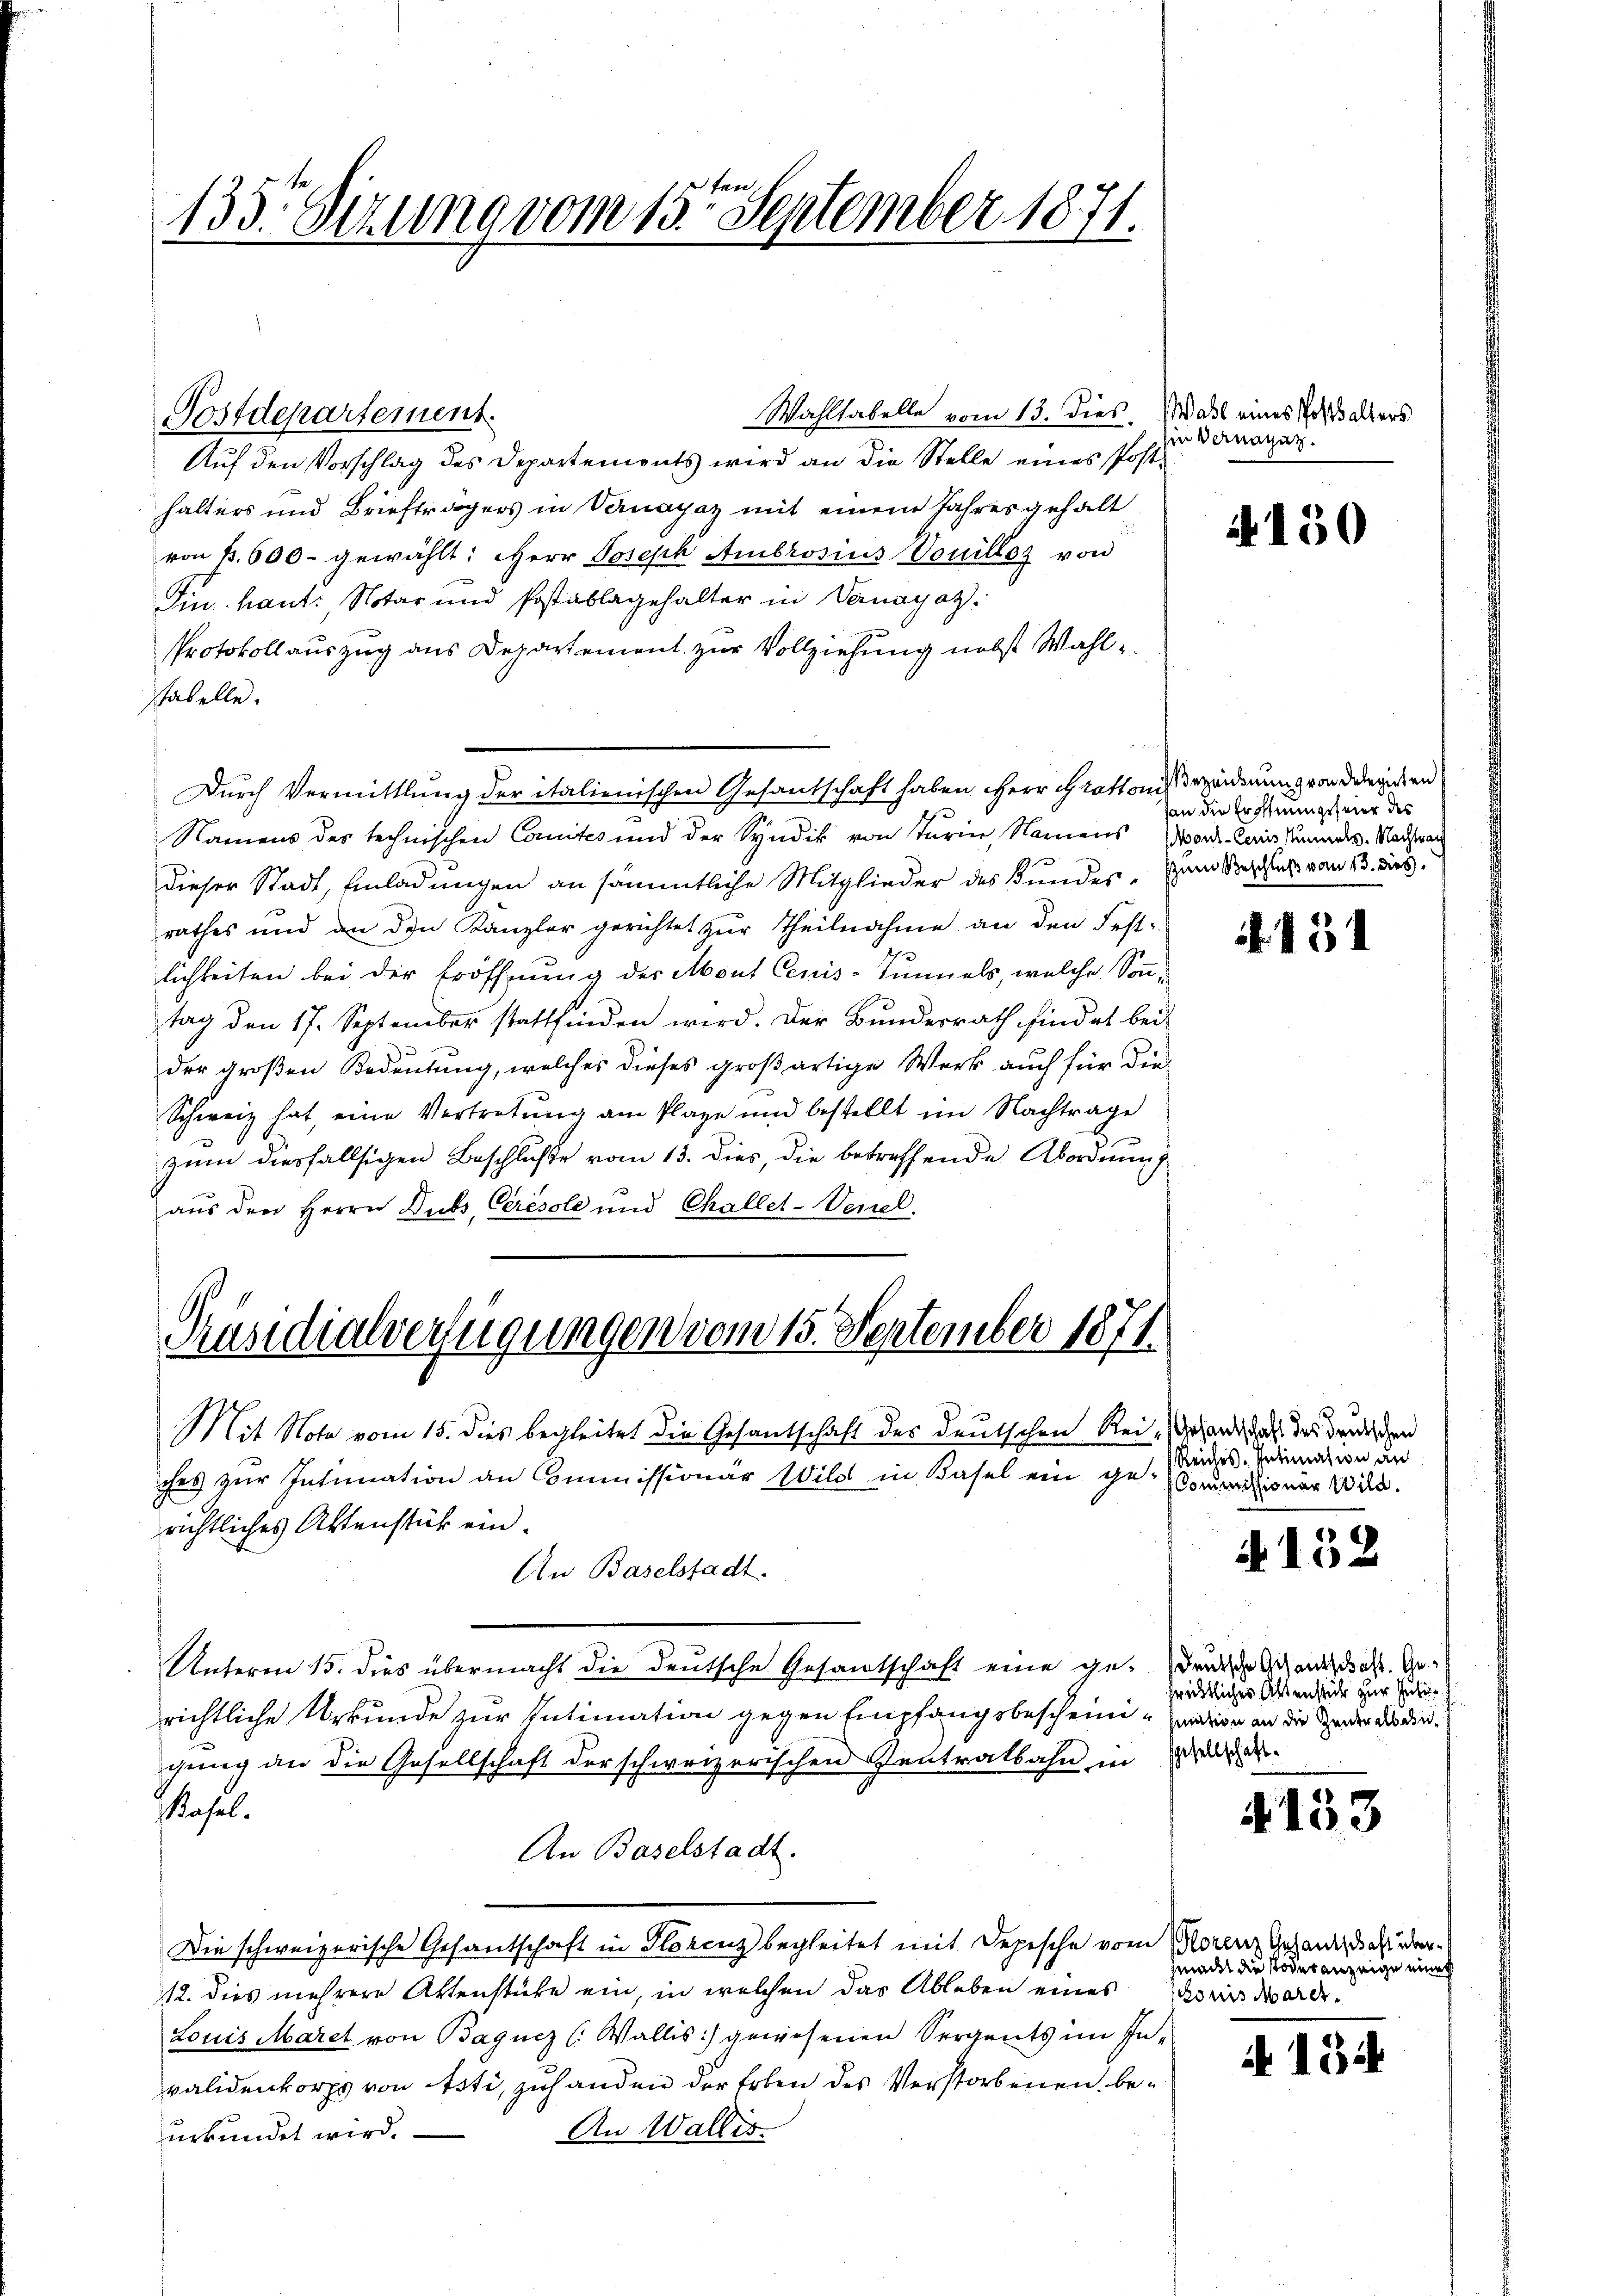
133. Sizung vom 15. September 1871.
2

Wahltabelle vom 13. dies
Postdepartement.
Auf den Vorschlag des Departements wird an die Stelle eines Posthalters und Briefträgers in Vernayaz mit einem Jahres gehalt
von B. 600 gewählt: Herr Joseph Ambrosius Vouillos von
Sin kant. Notar und Postablagehalter in Vanagat.
Protokollauszug aus Departement zur Vollziehung nebst Wahlstabelle.
Durch Vermittlung der italienischen Gesantschaft haben Herr Grottonis eidenung von derenissen
Namens des technischen Comites und der Syndik von Sturin Namens Nord-Cains Kannes. Nachtrau
dieser Stadt, Einladungen an sämmtliche Mitglieder des Bundes, zum Versich von 13. das
rathes und an den Kanzler gerichtet zŭr Theilnahme an den Fest-
lichkeiten bei der Eröffnung der Mont Cenis-Tunnels, welche Sonn-
tag den 17. September stattfinden wird. Der Bundesrath findet bei
der großen Bedeutung, welches dieses großartige Werk auch für die
Schweiz hat, eine Vertretung am Plage und bestellt im Nachtrage
zŭm diesfallsigen Beschlŭβe vom 13. dies, die betreffende Abordnŭng
aus den Herrn Dubs, Cérésole und Challet-Venel.

Präsidialverfügungen vom 15. September 1871

Mit Note vom 15. dies begleitet die Gesantschaft des deutschen Reibehand dass des Bundischen
ches zur Intimation an Commissionär Wild in Basel ein ihn (Comunizionen Wild.
richtliches Aktenstück ein.
An Baselstadt.
Unterm 15. dies übermacht die deutsche Gesantschaft eine gedruckte Gesandt das Gerichtliche Urkunde zur Intimation gegen Empfangsbescheininition an die Gener der dieging an die Gesellschaft der schweizerischen Zentratbahn in de
ahel.
An Baselstadt.
Die schweizerische Gesantschaft in Florenz begleitet mit Depesche vom Morenz Gesandendest oder
12. dies mehrere Aktenstücke ein, in welchen das Ableben eines Pries warde-
Louis Maret von Bagucz (Wallis :/ gewesenen Sergents im Invalidenkorps von Asti, zuhanden der Erben des Verstorbenen beurkundet wird.
An Wallis

Wahl eines Posthalters
in Vernannt.

an die Eröffnungsfeier des

Reiches. Intimation an

hrichtliches Altenstück zur Fuhr¬

A 150

131

A 152

4.133

macht die Todesanzeige eine

2

134